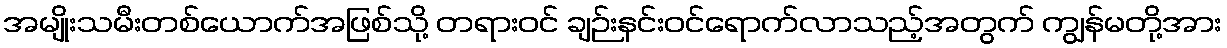
အမျိုးသမီးတစ်ယောက်အဖြစ်သို့ တရားဝင် ချဉ်းနင်းဝင်ရောက်လာသည့်အတွက် ကျွန်မတို့အား